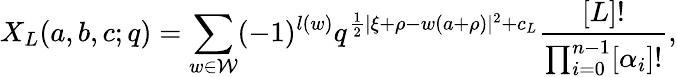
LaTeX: X_{L}(a,b,c;q)=\sum_{w\in\mathcal{W}}(-1)^{l(w)}q^{{\frac{{1}}{{2}}}|\xi+\rho-w(a+\rho)|^{2}+c_{L}}{\frac{{[L]!}}{{\prod_{i=0}^{n-1}[\alpha_{i}]!}}},